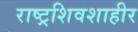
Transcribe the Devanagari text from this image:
राष्ट्रशिवशाहीर